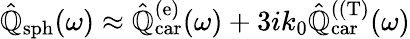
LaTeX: \hat{\mathbb{{Q}}}_{\mathrm{sph}}(\omega)\approx\hat{\mathbb{Q}}_{\mathrm{car}}^{(\mathrm{e})}(\omega)+3ik_{0}\hat{\mathbb{Q}}_{\mathrm{car}}^{(\mathrm{(T})}(\omega)